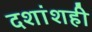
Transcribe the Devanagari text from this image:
दशांशही